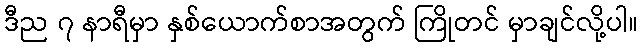
ဒီည ၇ နာရီမှာ နှစ်ယောက်စာအတွက် ကြိုတင် မှာချင်လို့ပါ။